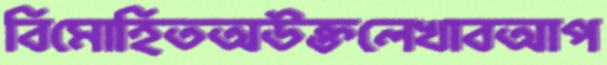
বিমোহিতঅউক্তলেখাবআপ